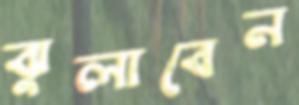
ঝুলাবেন